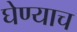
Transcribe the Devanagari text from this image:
घेण्याच